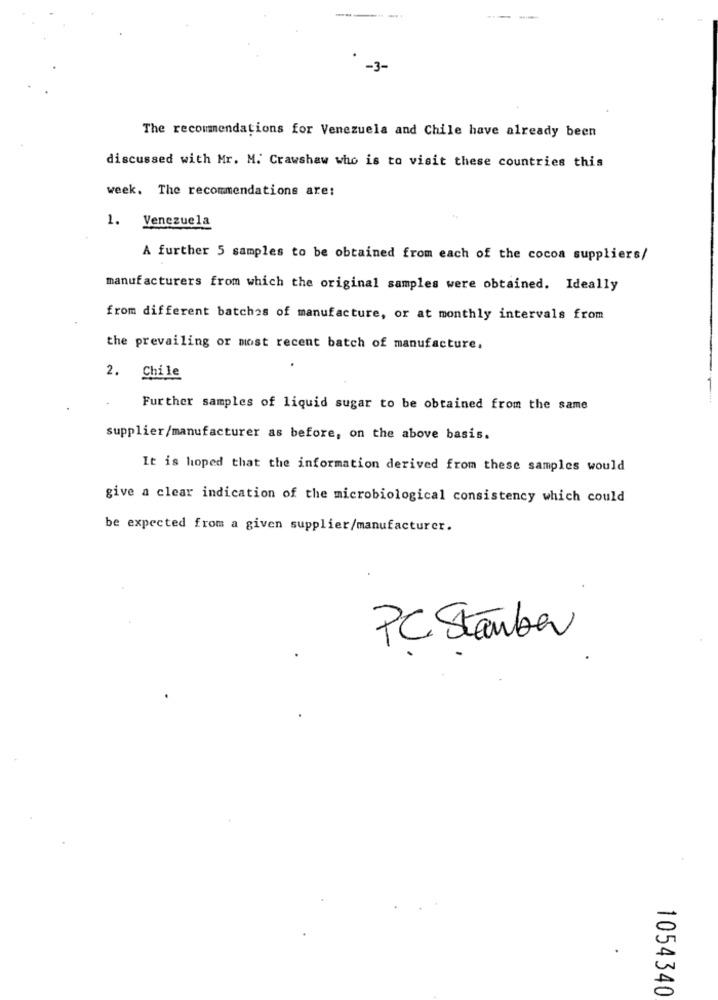
---
-3-
The recommendations for Venezuela and Chile have already been
discussed with Mr. M. Crawshaw who is to visit these countries this
week. The recommendations are:
1. Venezuela
A further 5 samples to be obtained from each of the cocoa suppliers/
manufacturers from which the original samples were obtained. Ideally
from different batches of manufacture, or at monthly intervals from
the prevailing or most recent batch of manufacture.
2. Chile
Further samples of liquid sugar to be obtained from the same
supplier/manufacturer as before, on the above basis.
It is hoped that the information derived from these samples would
give a clear indication of the microbiological consistency which could
be expected from a given supplier/manufacturer.
PC Stambar
1054340